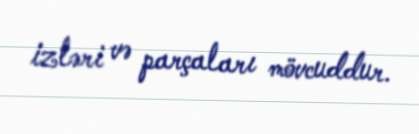
izləri və parçaları mövcuddur.